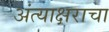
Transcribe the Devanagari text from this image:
अंत्याक्षराचा